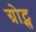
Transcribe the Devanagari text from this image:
ग्रोट्स